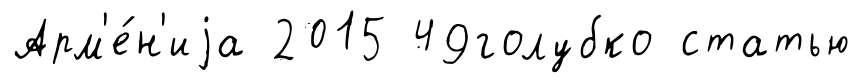
Арм'е́н'иjа 2015 49голубко статью